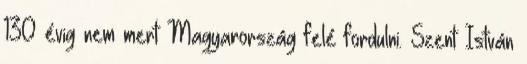
130 évig nem mert Magyarország felé fordulni. Szent István